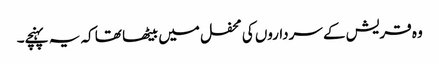
وہ قریش کے سرداروں کی محفل میں بیٹھا تھا کہ یہ پہنچے۔